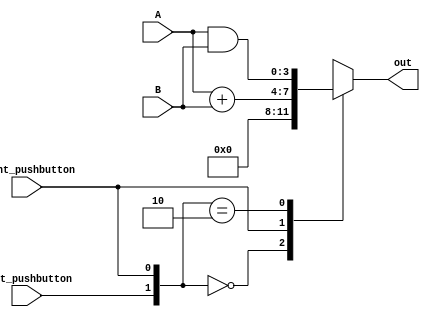
module lab0_top (
    input wire left_pushbutton,
    input wire right_pushbutton,
    input wire [3:0] A,
    input wire [3:0] B,
    output reg [3:0] out
    );

    wire [3:0] anded_result;
    wire [3:0] added_result;
    wire [1:0] select;
    
    assign anded_result = A & B;
    assign added_result = A + B;
    assign select = {left_pushbutton, right_pushbutton};
    
    always @(*) begin
        casex (select)
            2'b00: out = 4'b0;
            2'bx1: out = added_result;
            2'b10: out = anded_result;
            default: out = anded_result;
        endcase
    end

endmodule